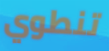
تنطوي